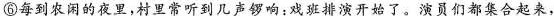
⑥每到农闲的夜里,村里常听到几声锣响;戏班排演开始了。演员们都集合起来，